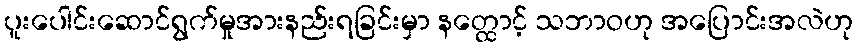
ပူးပေါင်းဆောင်ရွက်မှုအားနည်းရခြင်းမှာ နတ္ထောင့် သဘာဝဟု အပြောင်းအလဲဟု